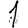
Digit: 1